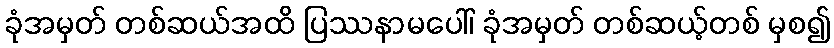
ခုံအမှတ် တစ်ဆယ်အထိ ပြဿနာမပေါ်၊ ခုံအမှတ် တစ်ဆယ့်တစ် မှစ၍